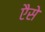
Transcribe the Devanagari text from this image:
एैसे